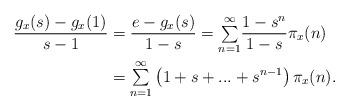
LaTeX: \begin{align*}\dfrac{g_{x}(s)-g_{x}(1)}{s-1} & =\dfrac{e-g_{x}(s)}{1-s}={\textstyle\sum\limits_{n=1}^{\infty}}\frac{1-s^{n}}{1-s}\pi_{x}(n)\\& ={\textstyle\sum\limits_{n=1}^{\infty}}\left( 1+s+...+s^{n-1}\right) \pi_{x}(n).\end{align*}